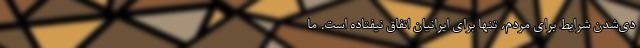
دی‌شدن شرایط برای مردم، تنها برای ایرانیان اتفاق نیفتاده است. ما